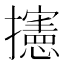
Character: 攇